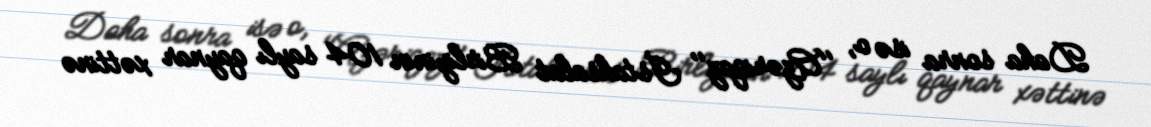
Daha sonra isə o, ''Azəriqaz'' İstahsalat Birliyinin 104 saylı qaynar xəttinə